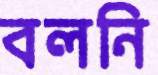
বলনি